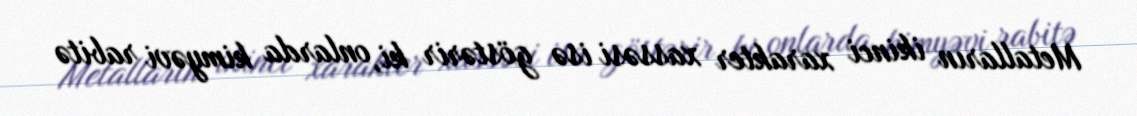
Metalların ikinci xarakter xassəsi isə göstərir ki, onlarda kimyəvi rabitə